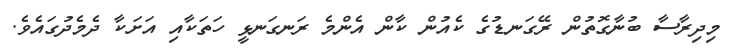
މިދިރާސާ ބުނާގޮތުން ރޭގަނޑުގެ ކެއުން ކާން އެންމެ ރަނގަނޅީ ހަތަކާއި އަށަކާ ދެމެދުގައެވެ.